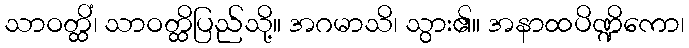
သာဝတ္ထိံ၊ သာဝတ္ထိပြည်သို့။ အဂမာသိ၊ သွား၏။ အနာထပိဏ္ဍိကော၊